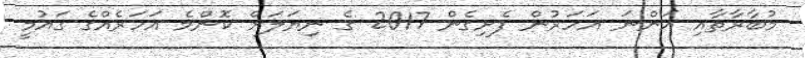
މުބާރާތާއި އަންނަ އަހަރުން ފެށިގެން 2017 ގެ ނިޔަލަށް ކޮންމެ އަހަރެއްގެ ގައުމީ